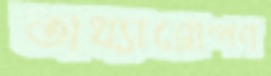
অধ্যারোপণ